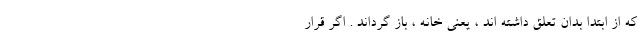
که از ابتدا بدان تعلق داشته اند ، یعنی خانه ، باز گرداند . اگر قرار